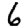
Digit: 6